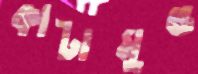
কাটামুণ্ড